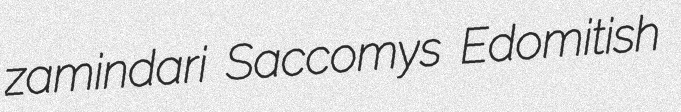
zamindari Saccomys Edomitish